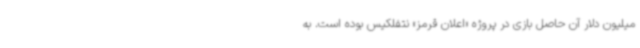
میلیون دلار آن حاصل بازی در پروژه «اعلان قرمز» نتفلکیس بوده است. به